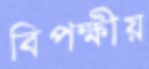
বিপক্ষীয়